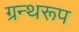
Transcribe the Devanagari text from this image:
ग्रन्थरूप